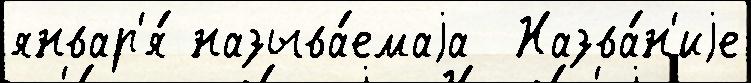
январ'я́ называ́емаjа  Назва́н'иjе